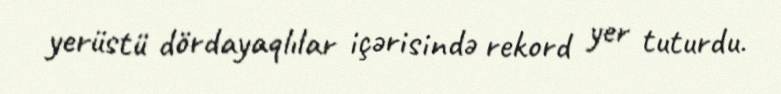
yerüstü dördayaqlılar içərisində rekord yer tuturdu.